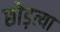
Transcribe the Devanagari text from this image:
छोड़त्या